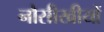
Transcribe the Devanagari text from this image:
नौसीखीयों